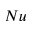
N u